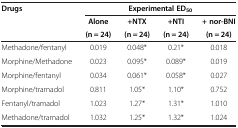
<table><thead><tr><td><b>Drugs</b></td><td colspan="4"><b>Experimental ED<sub>50</sub></b></td></tr><tr><td><b> </b></td><td><b>Alone</b></td><td><b>+NTX</b></td><td><b>+NTI</b></td><td><b>+ nor-BNI</b></td></tr><tr><td><b> </b></td><td><b>(n = 24)</b></td><td><b>(n = 24)</b></td><td><b>(n = 24)</b></td><td><b>(n = 24)</b></td></tr></thead><tbody><tr><td>Methadone/fentanyl</td><td>0.019</td><td>0.048*</td><td>0.21*</td><td>0.018</td></tr><tr><td>Morphine/Methadone</td><td>0.023</td><td>0.095*</td><td>0.089*</td><td>0.019</td></tr><tr><td>Morphine/fentanyl</td><td>0.034</td><td>0.061*</td><td>0.058*</td><td>0.027</td></tr><tr><td>Morphine/tramadol</td><td>0.811</td><td>1.05*</td><td>1.10*</td><td>0.752</td></tr><tr><td>Fentanyl/tramadol</td><td>1.023</td><td>1.27*</td><td>1.31*</td><td>1.010</td></tr><tr><td>Methadone/tramadol</td><td>1.032</td><td>1.25*</td><td>1.32*</td><td>1.024</td></tr></tbody></table>